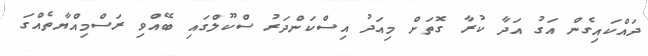
ދައްކައިގެން އަގު އަދާ ކުރާ ގޮތަށް މިއަދު އިސްކަންދަރު ސްކޫލްގައި ބޭއްވި ރަސްމިއްޔާތެއްގަ